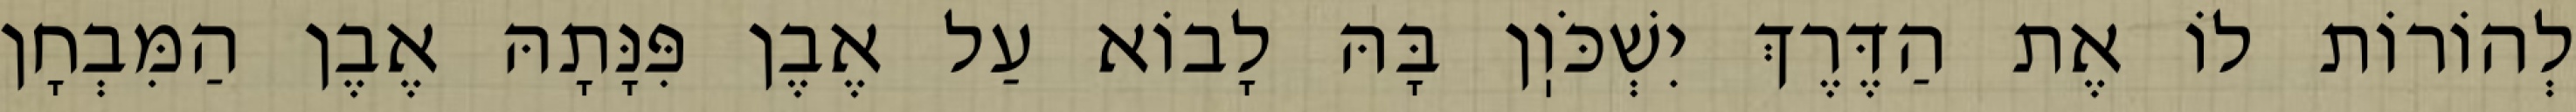
לְהוֹרוֹת לוֹ אֶת הַדֶּרֶךְ יִשְׁכֹּוֽן בָּהּ לָבוֹא עַל אֶבֶן פִּנָּתָהּ אֶבֶן הַמִּבְחָן